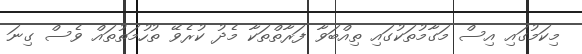
މިކަމުގައި އިސް މަގާމުތަކުގައި ތިއްބަވާ ފަރާތްތަކާ މެދު ކުރެވޭ ތުހުމަތުތައް ވެސް ގިނަ